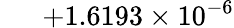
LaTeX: \phantom{000}{+1.6193}\times 10^{-6}